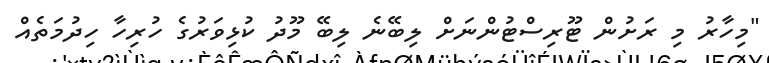
"މިހާރު މި ރަށުން ޓޫރިސްޓުންނަށް ލިބޭނެ ލިބޭ މޫދު ކުޅިވަރުގެ ހުރިހާ ހިދުމަތެއް